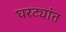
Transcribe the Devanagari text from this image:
घरट्यांत